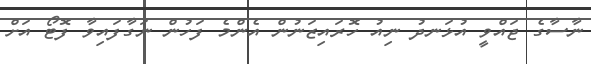
ނާސާގެ ޖައްވީ އުޅަނދު ނިއު ހޮރައިޒަނުން އެންމެ ފަހުން ނަގާފައިވާ ފޮޓޯ އަށް